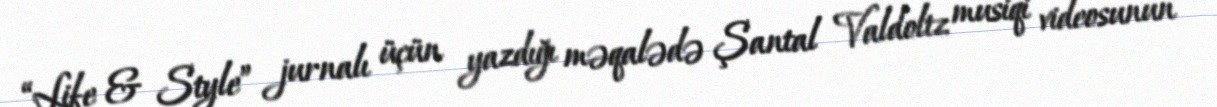
“Life & Style” jurnalı üçün yazdığı məqalədə Şantal Valdoltz musiqi videosunun